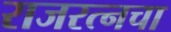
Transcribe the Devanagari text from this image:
राजरत्‍नचा